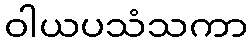
ဝါယပသံသကာ